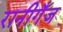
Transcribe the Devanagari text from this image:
रानीगँज